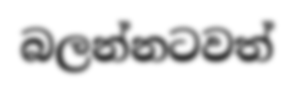
බලන්නටවත්